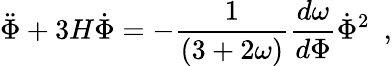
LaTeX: {{\ddot{\Phi}+3H\dot{\Phi}=-{\frac{1}{(3+2\omega)}}{\frac{d\omega}{d\Phi}}\dot{\Phi}^{2}}\ \ ,}